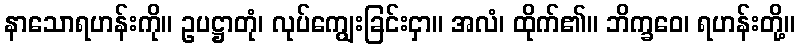
နာသောရဟန်းကို။ ဥပဋ္ဌာတုံ၊ လုပ်ကျွေးခြင်းငှာ။ အလံ၊ ထိုက်၏။ ဘိက္ခဝေ၊ ရဟန်းတို့။